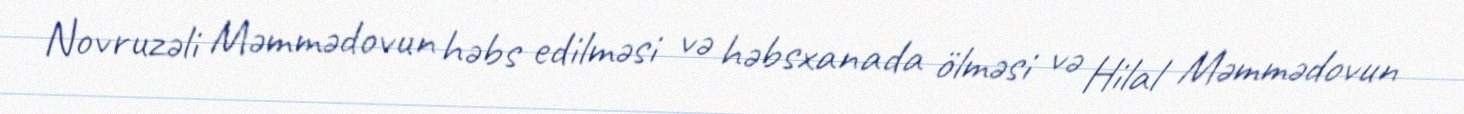
Novruzəli Məmmədovun həbs edilməsi və həbsxanada ölməsi və Hilal Məmmədovun